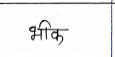
मजकूर: भीक